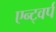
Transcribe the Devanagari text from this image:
एन्ट्वर्प